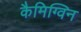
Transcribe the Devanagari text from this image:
कैमिग्विन